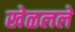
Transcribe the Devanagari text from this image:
खेळलले